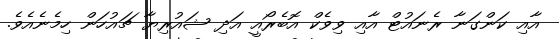
އާއި ކަންގަނާ ރެނައުޓް އާއި ވިވެކް އޮބެރޯއީ އަދި ޝައުރިޔާ ޗައުހަން ހިމެނެއެވެ.